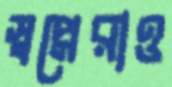
স্বপ্নেরাও